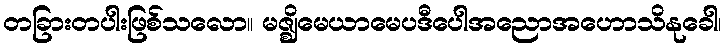
တခြားတပါးဖြစ်သလော။ မဇ္ဈိမေယာမေပဒီပေါအညောအဟောသိနုခေါ၊